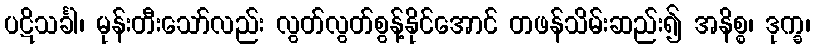
ပဋိသင်္ခါ၊ မုန်းတီးသော်လည်း လွတ်လွတ်စွန့်နိုင်အောင် တဖန်သိမ်းဆည်း၍ အနိစ္စ၊ ဒုက္ခ၊